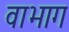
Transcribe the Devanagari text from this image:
वाभाग